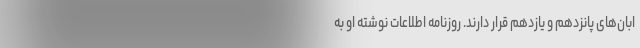
ابان‌های پانزدهم و یازدهم قرار دارند. روزنامه اطلاعات نوشته او به